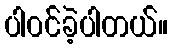
ပါဝင်ခဲ့ပါတယ်။